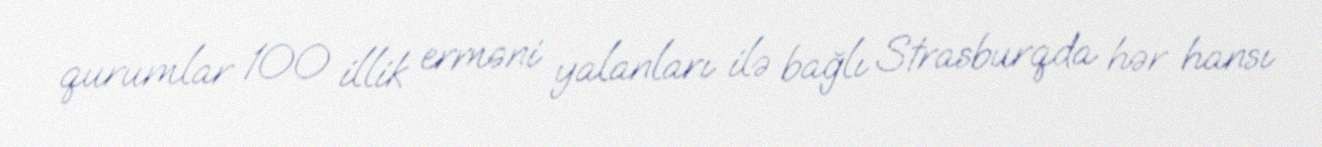
qurumlar 100 illik erməni yalanları ilə bağlı Strasburqda hər hansı